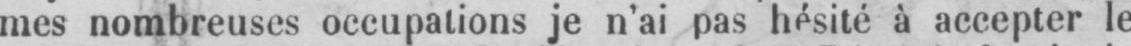
mes nombreuses occupations je n’ai pas hésité à accepter le